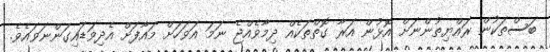
ބަސްތަކުން ރައްޔިތުންނަށް އޮޅުން އަރާ ގޮތްތަކެއް ދިމާވެއްޖެ ނަމަ އަވަހަށް މައާފަށް އެދިވަޑައިގަންނަވައެވެ.